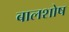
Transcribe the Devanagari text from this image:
बालशोष